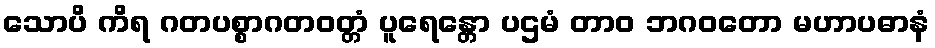
သောပိ ကိရ ဂတပစ္စာဂတဝတ္တံ ပူရေန္တော ပဌမံ တာဝ ဘဂဝတော မဟာပဓာနံ